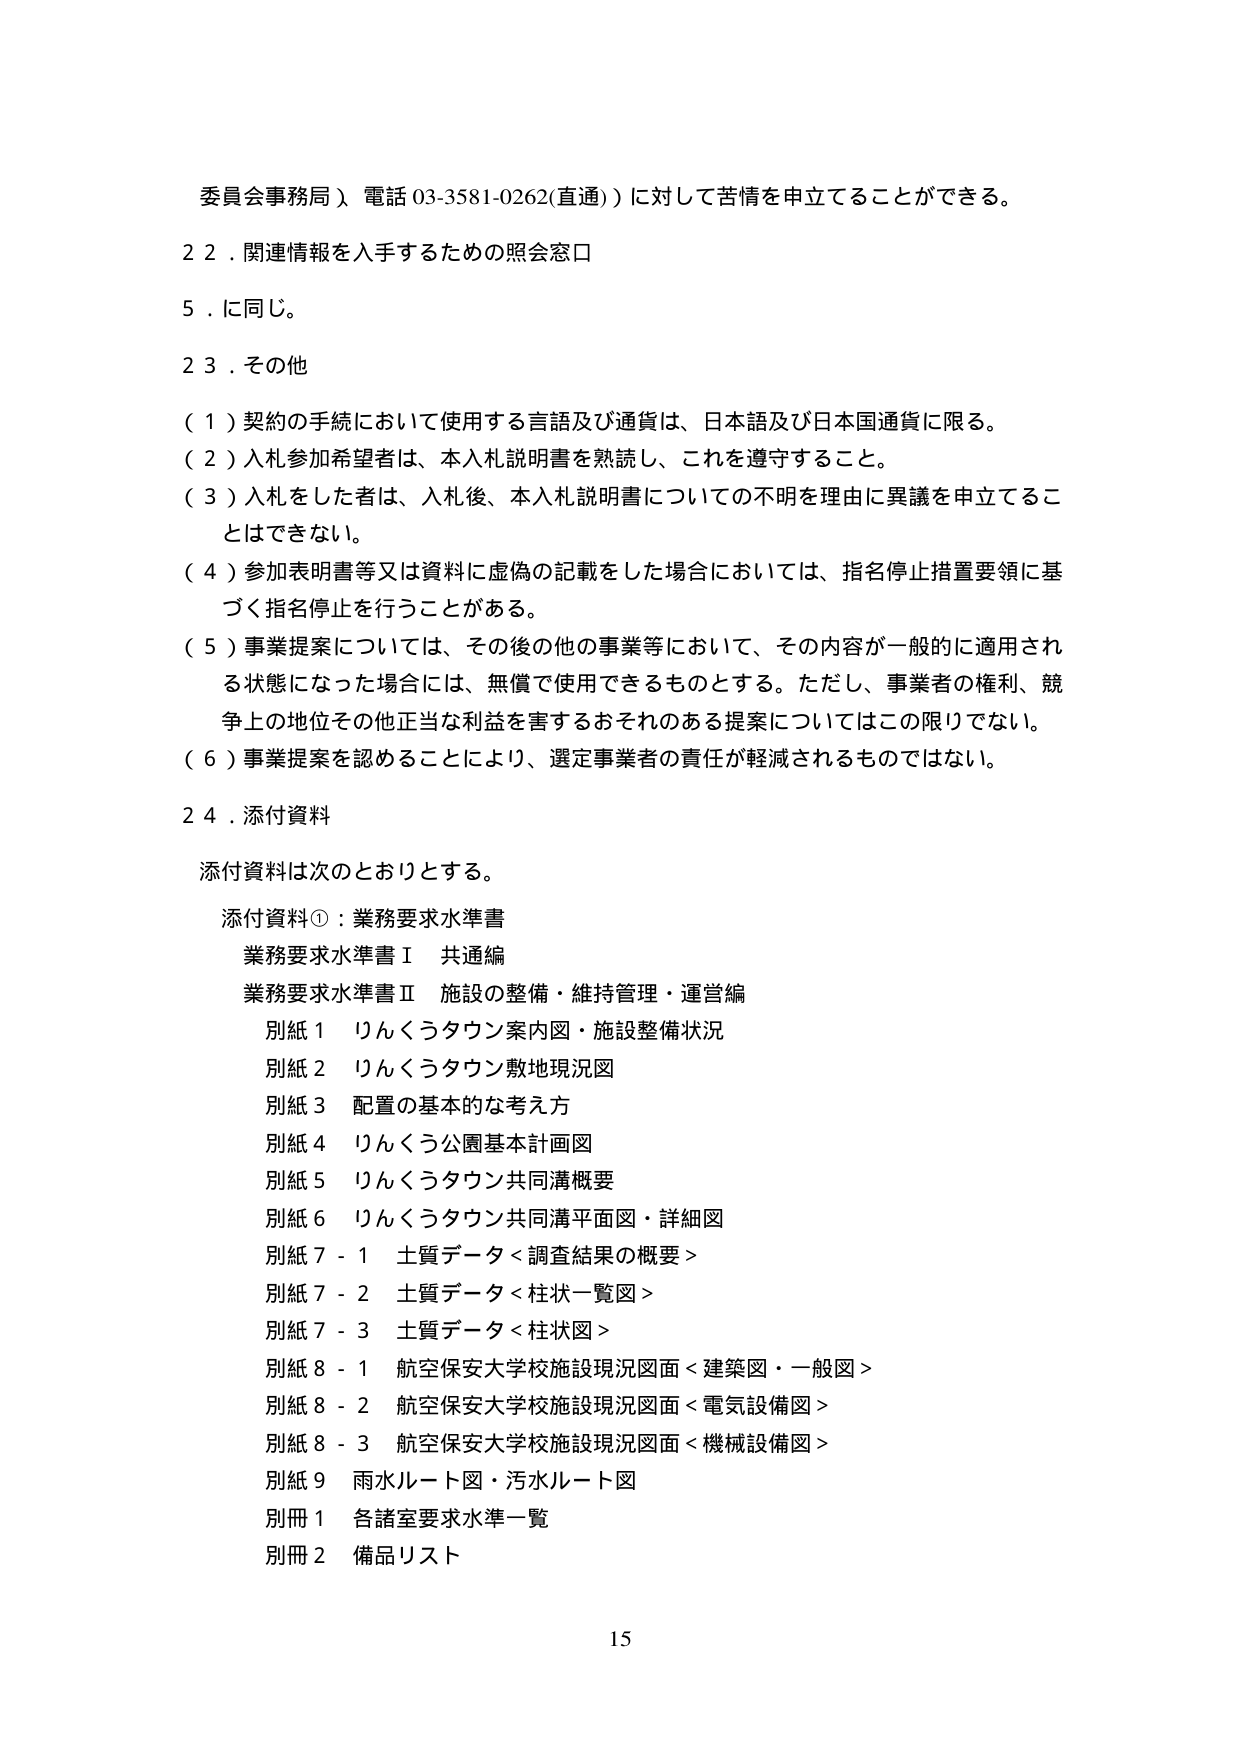
委員会事務局）電話 03-3581-0262(直通)）に対して苦情を申立てることができる。

２２．関連情報を入手するための照会窓口

５．に同じ。

２３．その他

（１）契約の手続において使用する言語及び通貨は、日本語及び日本国通貨に限る。

（２）入札参加希望者は、本入札説明書を熟読し、これを遵守すること。

（３）入札をした者は、入札後、本入札説明書についての不明を理由に異議を申立てることはできない。

（４）参加表明書等又は資料に虚偽の記載をした場合においては、指名停止措置要領に基づく指名停止を行うことがある。

（５）事業提案については、その後の他の事業等において、その内容が一般的に適用される状態になった場合には、無償で使用できるものとする。ただし、事業者の権利、競争上の地位その他正当な利益を害するおそれのある提案についてはこの限りでない。

（６）事業提案を認めることにより、選定事業者の責任が軽減されるものではない。

２４．添付資料

添付資料は次のとおりとする。

添付資料①：業務要求水準書

業務要求水準書Ⅰ 共通編

業務要求水準書Ⅱ 施設の整備・維持管理・運営編

別紙１ りんくうタウン案内図・施設整備状況

別紙２ りんくうタウン敷地現況図

別紙３ 配置の基本的な考え方

別紙４ りんくう公園基本計画図

別紙５ りんくうタウン共同溝概要

別紙６ りんくうタウン共同溝平面図・詳細図

別紙７－１ 土質データ＜調査結果の概要＞

別紙７－２ 土質データ＜柱状一覧図＞

別紙７－３ 土質データ＜柱状図＞

別紙８－１ 航空保安大学校施設現況図面＜建築図・一般図＞

別紙８－２ 航空保安大学校施設現況図面＜電気設備図＞

別紙８－３ 航空保安大学校施設現況図面＜機械設備図＞

別紙９ 雨水ルート図・汚水ルート図

別冊１ 各諸室要求水準一覧

別冊２ 備品リスト

15